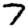
Digit: 7